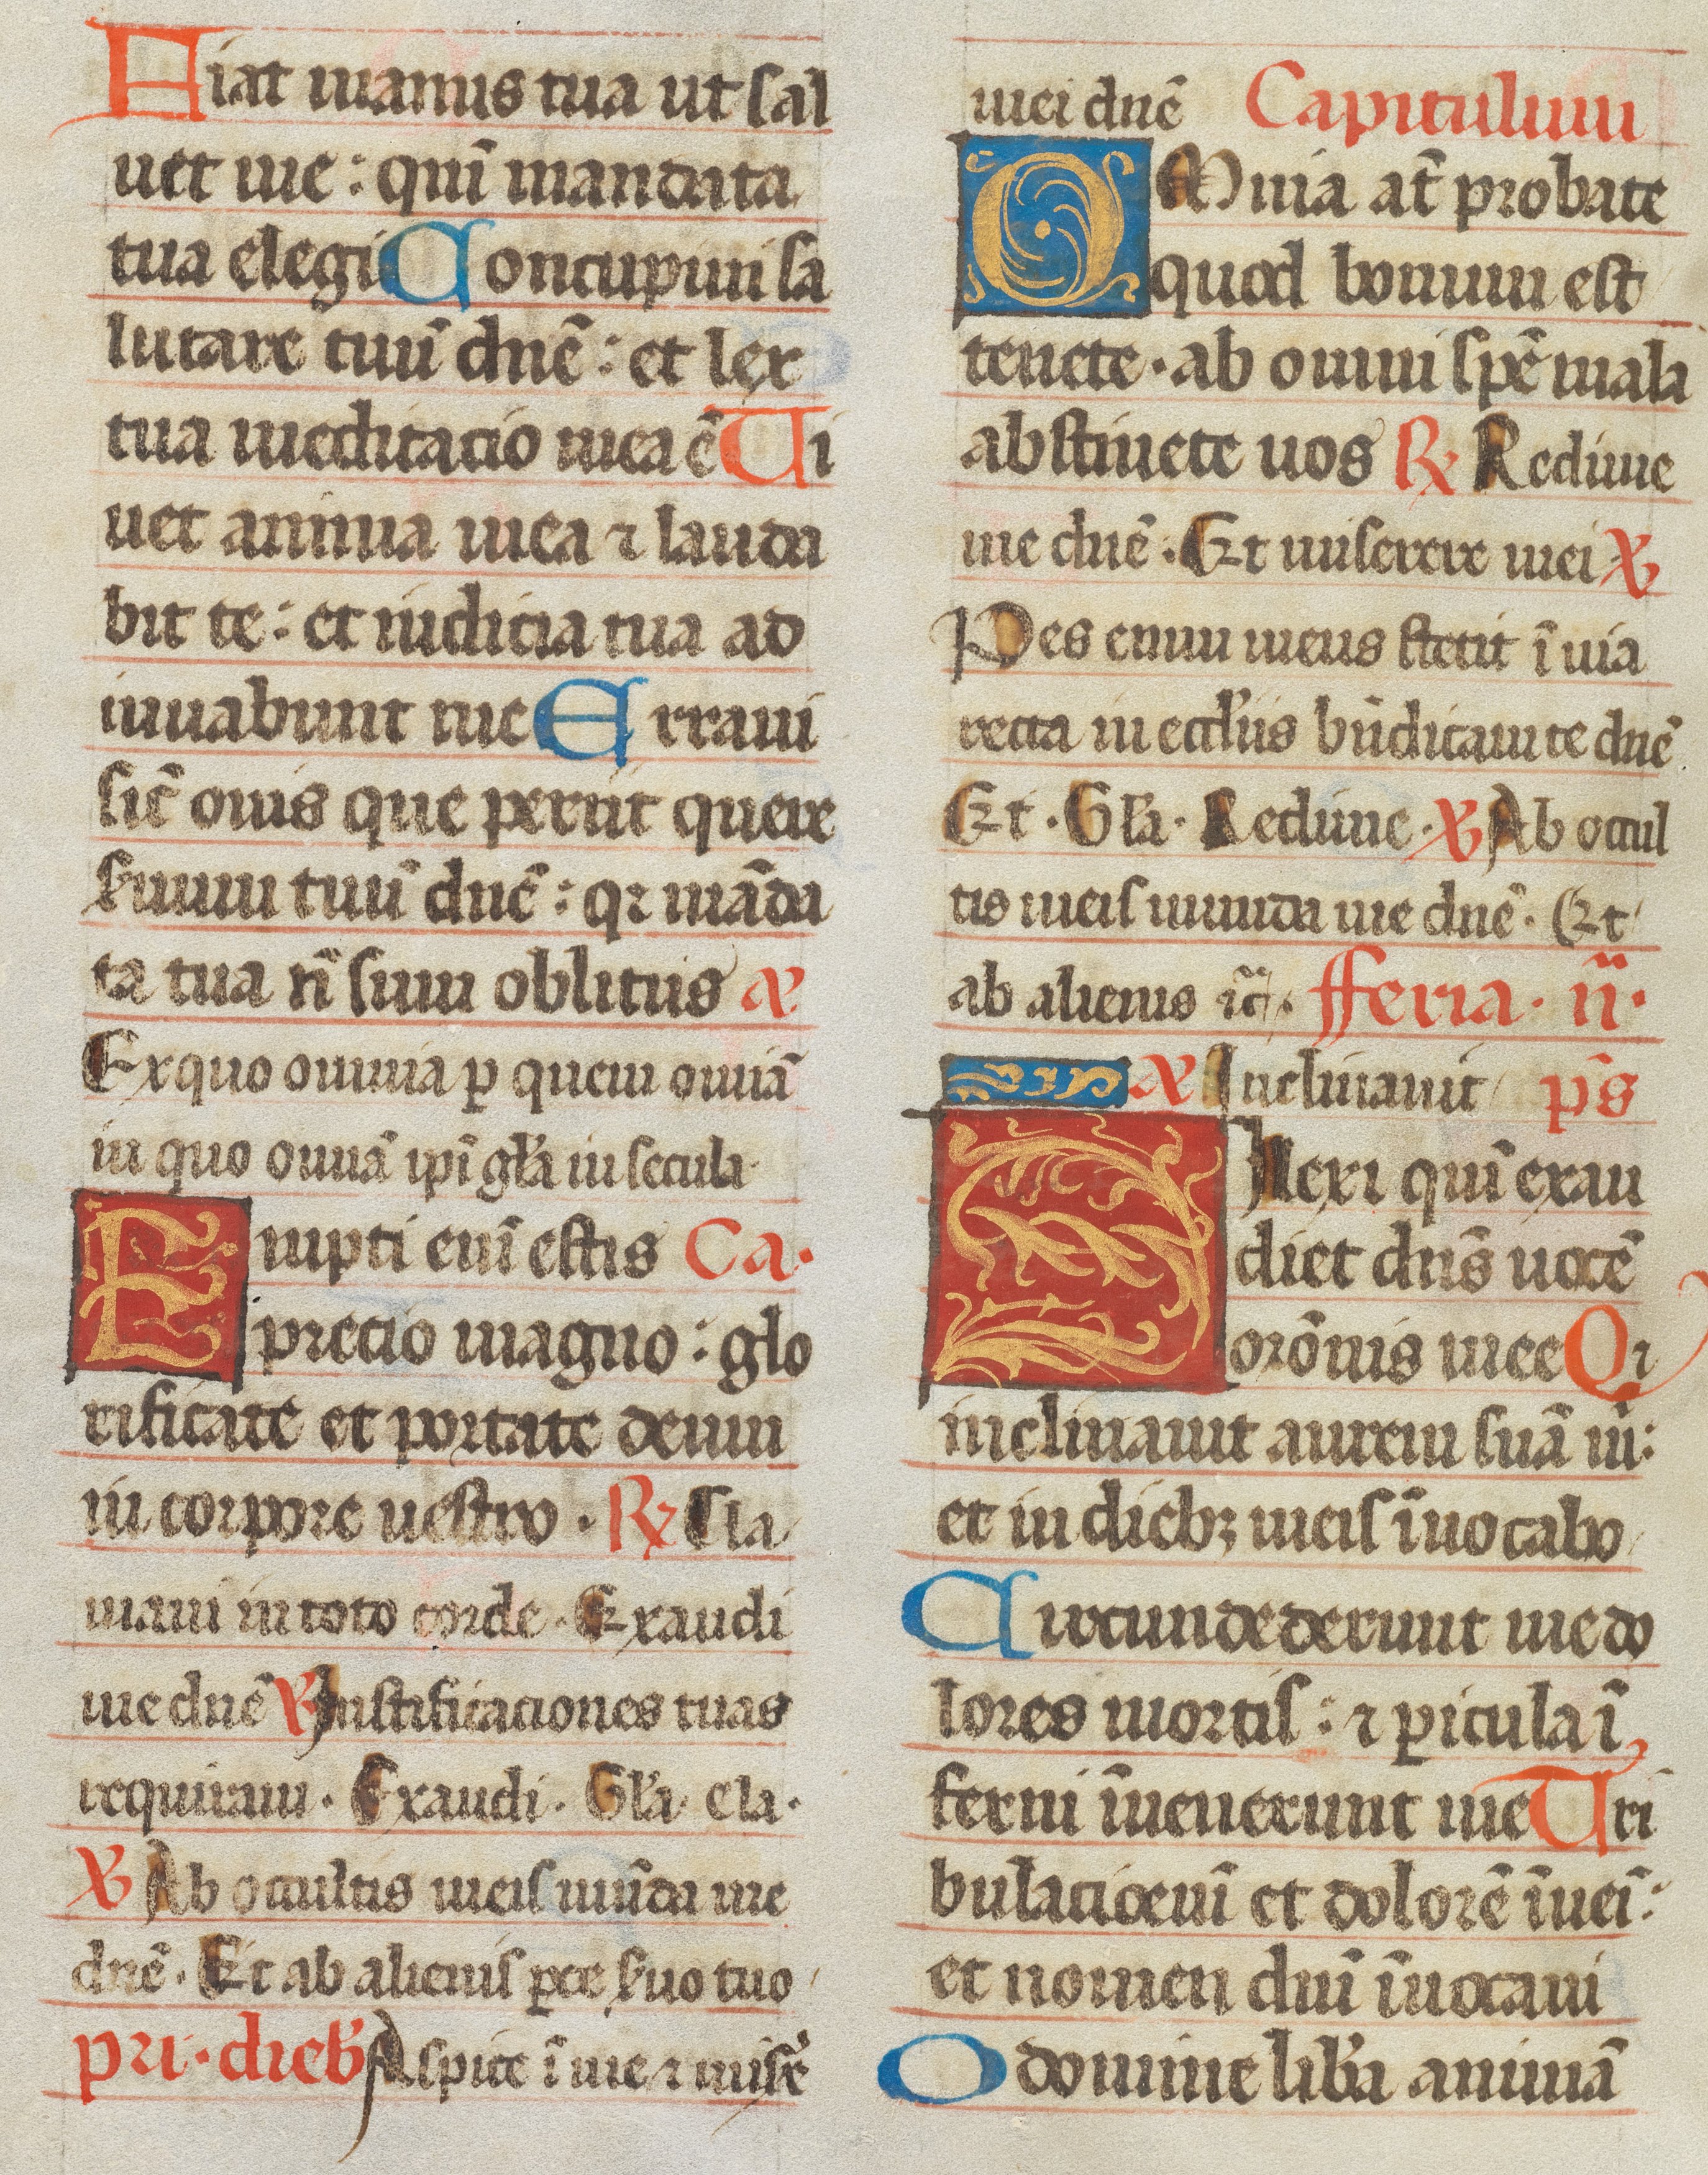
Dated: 1493–1493